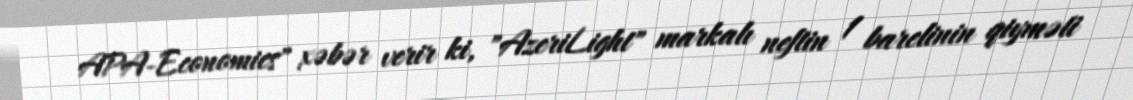
APA-Economics" xəbər verir ki, "AzeriLight" markalı neftin 1 barelinin qiyməti